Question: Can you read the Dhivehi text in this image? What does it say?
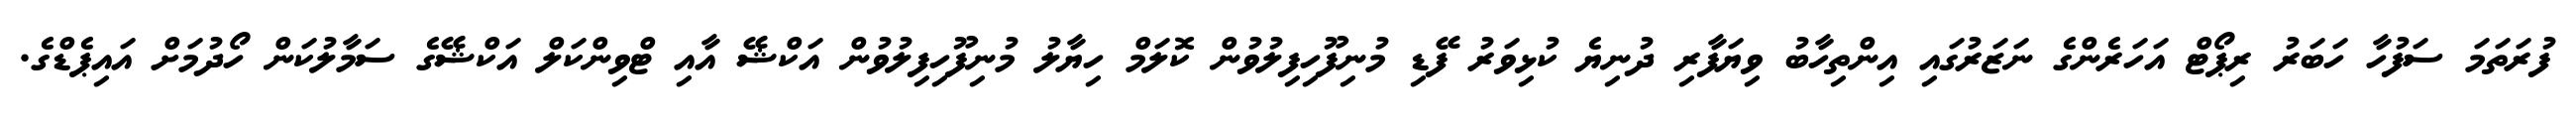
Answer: ފުރަތަމަ ސަފުހާ ހަބަރު ރިޕޯޓް އަހަރެންގެ ނަޒަރުގައި އިންތިހާބު ވިޔަފާރި ދުނިޔެ ކުޅިވަރު ފޭޑި މުނިފޫހިފިލުވުން ކޮލަމް ހިޔާލު މުނިފޫހިފިލުވުން އަކްޝޭ އާއި ޓްވިންކަލް އަކްޝޭގެ ސަމާލުކަން ހޯދުމަށް އައިޕެޑްގެ.